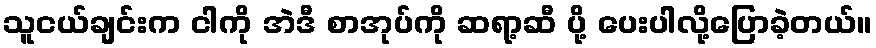
သူငယ်ချင်းက ငါကို အဲဒီ စာအုပ်ကို ဆရာ့ဆီ ပို့ ပေးပါလို့ပြောခဲ့တယ်။